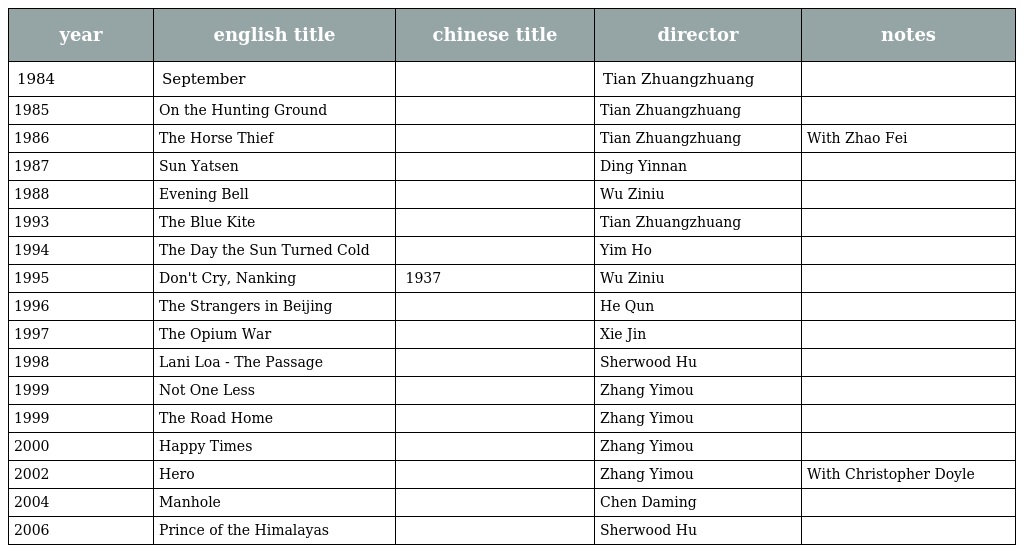
| year | english title | chinese title | director | notes |
 | --- | --- | --- | --- | --- |
 | 1984 | September | 九月 | Tian Zhuangzhuang |  |
 | 1985 | On the Hunting Ground | 猎场扎撒 | Tian Zhuangzhuang |  |
 | 1986 | The Horse Thief | 盗马贼 | Tian Zhuangzhuang | With Zhao Fei |
 | 1987 | Sun Yatsen | 孙中山 | Ding Yinnan |  |
 | 1988 | Evening Bell | 晚钟 | Wu Ziniu |  |
 | 1993 | The Blue Kite | 蓝风筝 | Tian Zhuangzhuang |  |
 | 1994 | The Day the Sun Turned Cold | 天国逆子 | Yim Ho |  |
 | 1995 | Don't Cry, Nanking | 南京大屠杀 南京1937 | Wu Ziniu |  |
 | 1996 | The Strangers in Beijing | 混在北京 | He Qun |  |
 | 1997 | The Opium War | 鸦片战争 | Xie Jin |  |
 | 1998 | Lani Loa - The Passage | 我的血腥婚礼 | Sherwood Hu |  |
 | 1999 | Not One Less | 一个都不能少 | Zhang Yimou |  |
 | 1999 | The Road Home | 我的父亲母亲 | Zhang Yimou |  |
 | 2000 | Happy Times | 幸福时光 | Zhang Yimou |  |
 | 2002 | Hero | 英雄 | Zhang Yimou | With Christopher Doyle |
 | 2004 | Manhole | 我为谁狂 | Chen Daming |  |
 | 2006 | Prince of the Himalayas | 喜马拉雅王子 | Sherwood Hu |  |